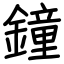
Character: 鐘